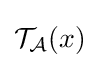
{\mathcal {T}}_{\mathcal {A}}(x)\,\!